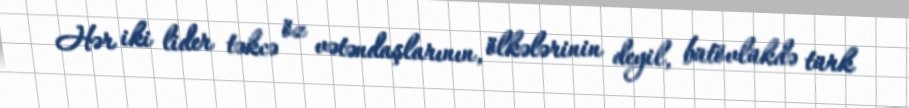
Hər iki lider təkcə öz vətəndaşlarının, ölkələrinin deyil, bütövlükdə türk